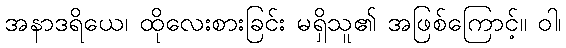
အနာဒရိယေ၊ ထိုလေးစားခြင်း မရှိသူ၏ အဖြစ်ကြောင့်။ ဝါ၊